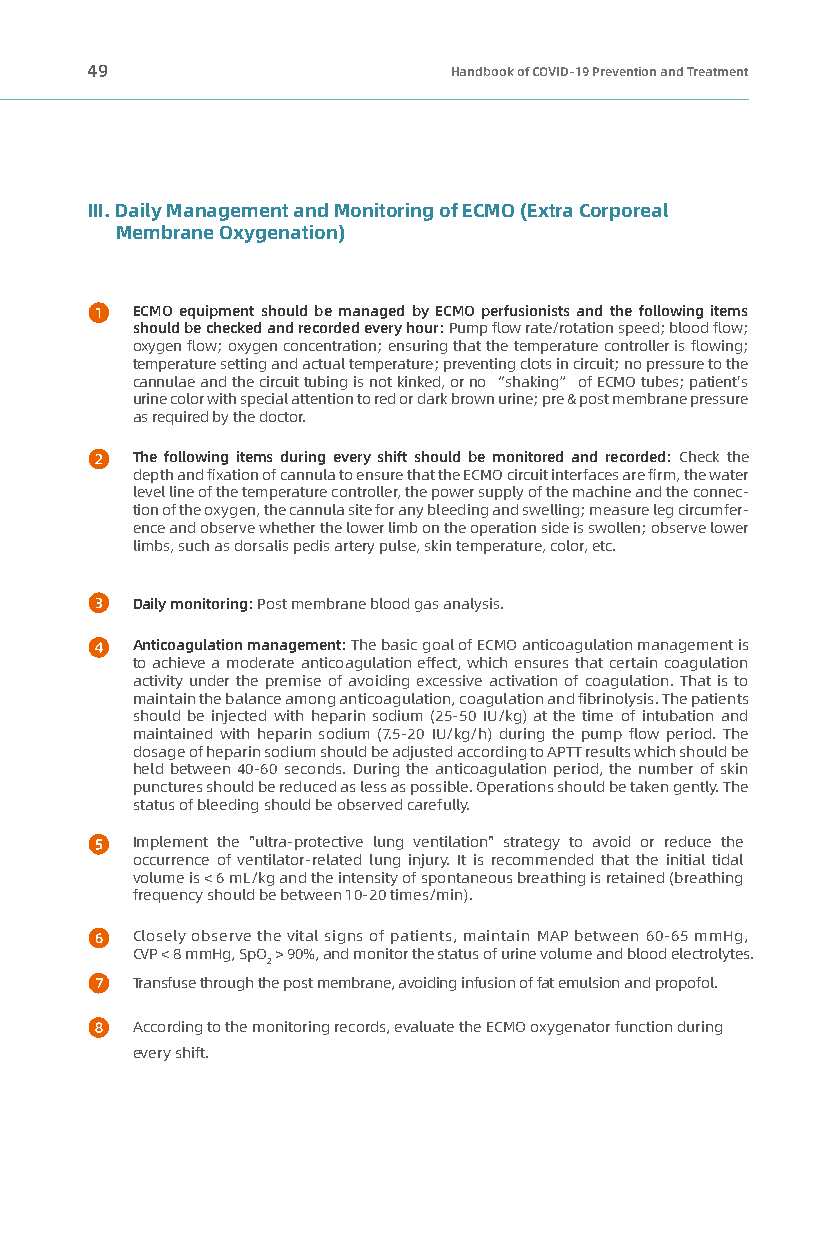
49                      Handbook of COVID-19 Prevention and Treatment
 III. Daily Management and Monitoring of ECMO (Extra Corporeal
 Membrane Oxygenation)
 ECMO equipment should be managed by ECMO perfusionists and the following items
 should be checked and recorded every hour: Pump flow rate/rotation speed; blood flow;
 oxygen flow; oxygen concentration; ensuring that the temperature controller is flowing;
 temperature setting and actual temperature; preventing clots in circuit; no pressure to the
 cannulae and the circuit tubing is not kinked, or no “shaking” of ECMO tubes; patient's
 urine color with special attention to red or dark brown urine; pre & post membrane pressure
 as required by the doctor.
 The following items during every shift should be monitored and recorded: Check the
 depth and fixation of cannula to ensure that the ECMO circuit interfaces are firm, the water
 level line of the temperature controller, the power supply of the machine and the connec-
 tion of the oxygen, the cannula site for any bleeding and swelling; measure leg circumfer-
 ence and observe whether the lower limb on the operation side is swollen; observe lower
 limbs, such as dorsalis pedis artery pulse, skin temperature, color, etc.
 Daily monitoring: Post membrane blood gas analysis.
 Anticoagulation management: The basic goal of ECMO anticoagulation management is
 to achieve a moderate anticoagulation effect, which ensures that certain coagulation
 activity under the premise of avoiding excessive activation of coagulation. That is to
 maintain the balance among anticoagulation, coagulation and fibrinolysis. The patients
 should be injected with heparin sodium (25-50 IU/kg) at the time of intubation and
 maintained with heparin sodium (7.5-20 IU/kg/h) during the pump flow period. The
 dosage of heparin sodium should be adjusted according to APTT results which should be
 held between 40-60 seconds. During the anticoagulation period, the number of skin
 punctures should be reduced as less as possible. Operations should be taken gently. The
 status of bleeding should be observed carefully.
 Implement the "ultra-protective lung ventilation" strategy to avoid or reduce the
 occurrence of ventilator-related lung injury. It is recommended that the initial tidal
 volume is < 6 mL/kg and the intensity of spontaneous breathing is retained (breathing
 frequency should be between 10-20 times/min).
 Closely observe the vital signs of patients, maintain MAP between 60-65 mmHg,
 CVP < 8 mmHg, SpO > 90%, and monitor the status of urine volume and blood electrolytes.
 2
 Transfuse through the post membrane, avoiding infusion of fat emulsion and propofol.
 According to the monitoring records, evaluate the ECMO oxygenator function during
 every shift.